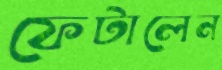
ফেটালেন